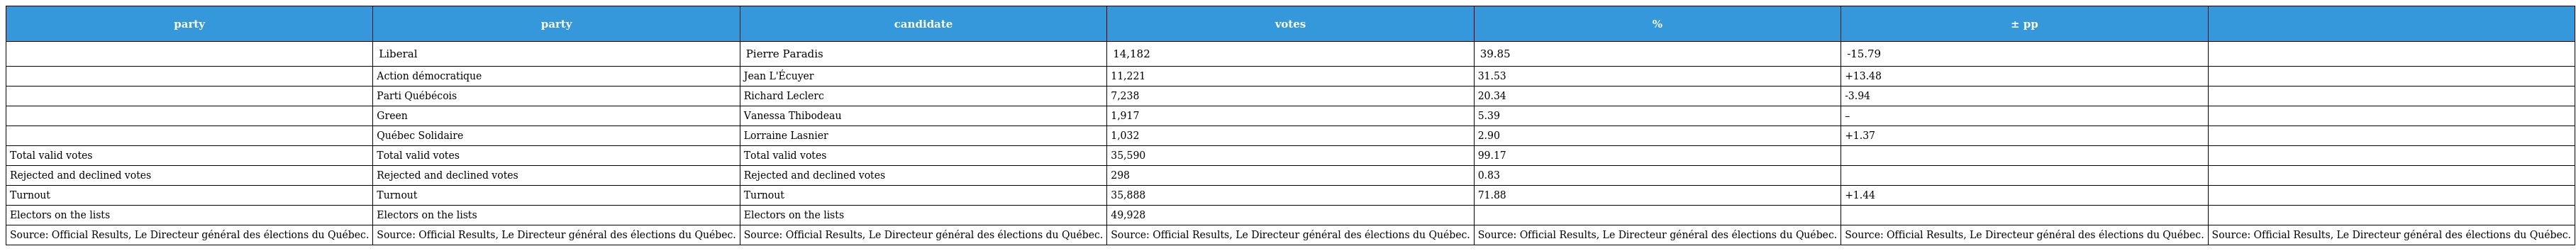
| party | party | candidate | votes | % | ± pp |  |
 | --- | --- | --- | --- | --- | --- | --- |
 |  | Liberal | Pierre Paradis | 14,182 | 39.85 | -15.79 |  |
 |  | Action démocratique | Jean L'Écuyer | 11,221 | 31.53 | +13.48 |  |
 |  | Parti Québécois | Richard Leclerc | 7,238 | 20.34 | -3.94 |  |
 |  | Green | Vanessa Thibodeau | 1,917 | 5.39 | – |  |
 |  | Québec Solidaire | Lorraine Lasnier | 1,032 | 2.90 | +1.37 |  |
 | Total valid votes | Total valid votes | Total valid votes | 35,590 | 99.17 |  |  |
 | Rejected and declined votes | Rejected and declined votes | Rejected and declined votes | 298 | 0.83 |  |  |
 | Turnout | Turnout | Turnout | 35,888 | 71.88 | +1.44 |  |
 | Electors on the lists | Electors on the lists | Electors on the lists | 49,928 |  |  |  |
 | Source: Official Results, Le Directeur général des élections du Québec. | Source: Official Results, Le Directeur général des élections du Québec. | Source: Official Results, Le Directeur général des élections du Québec. | Source: Official Results, Le Directeur général des élections du Québec. | Source: Official Results, Le Directeur général des élections du Québec. | Source: Official Results, Le Directeur général des élections du Québec. | Source: Official Results, Le Directeur général des élections du Québec. |